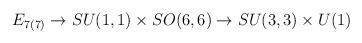
LaTeX: \begin{align*}E_{7(7)} \to SU(1,1) \times SO(6,6) \to SU(3,3) \times U(1)\end{align*}